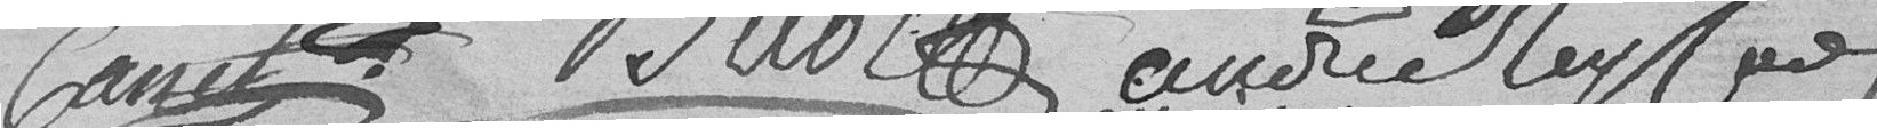
Betot André Reynad